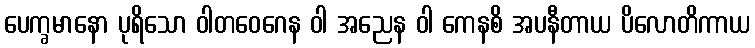
ပေက္ခမာနော ပုရိသော ဝါတဝေဂေန ဝါ အညေန ဝါ ကေနစိ အပနီတာယ ပိလောတိကာယ